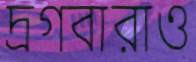
দ্রগবারাও